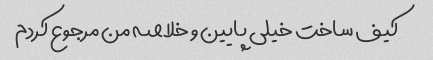
کیف ساخت خیلی پایین و خلاصه من مرجوع کردم